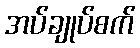
အပ်ချုပ်စက်